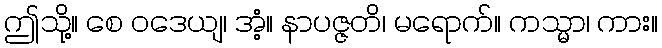
ဤသို့။ စေ ဝဒေယျ၊ အံ့။ နာပဇ္ဇတိ၊ မရောက်။ ကသ္မာ၊ ကား။